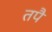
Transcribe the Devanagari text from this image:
तपै